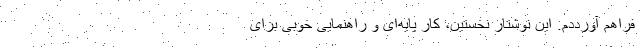
فراهم آورددم. این نوشتار نخستین، کار پایه‌ای و راهنمایی خوبی برای